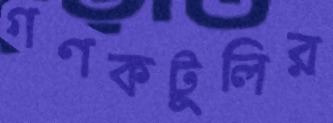
গণকটুলির